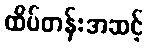
ထိပ်တန်းအဆင့်